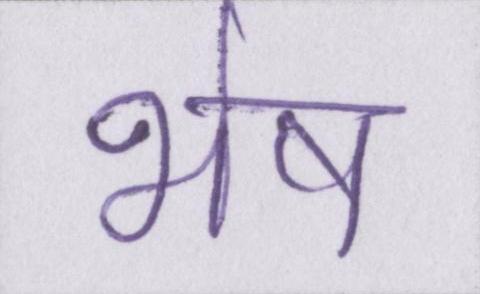
भेष